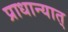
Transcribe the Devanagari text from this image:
प्राधान्यात्